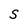
Character: S